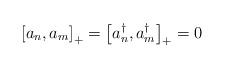
LaTeX: \begin{align*}\left[ a_{n},a_{m}\right] _{+} = \left[ a_{n}^{\dagger },a_{m}^{\dagger}\right] _{+}=0\end{align*}